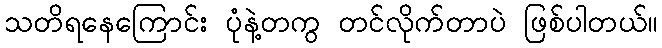
သတိရနေကြောင်း ပုံနဲ့တကွ တင်လိုက်တာပဲ ဖြစ်ပါတယ်။